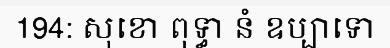
194: សុខោ ពុទ្ធា នំ ឧប្បាទោ